Lunatic asylums Burma 1907-21 - 1907-1921
Year: 1907
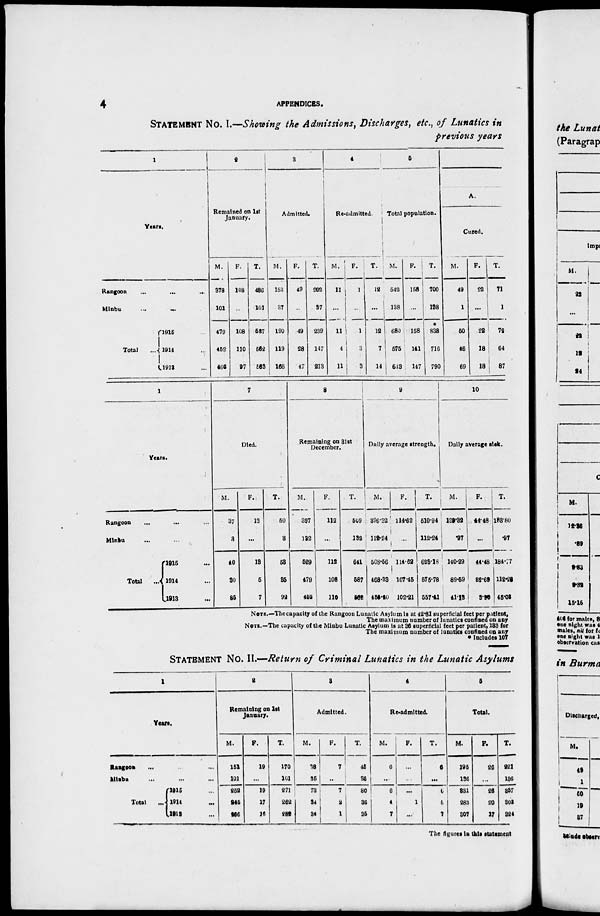
4
APPENDICES.
STATEMENT No. I.—Showing the Admissions, Discharges, etc., of Lunatics in
previous years
1
Years.
Rangoon
...
...
...
Minbu
...
...
Total ...
1995 ...
1914 ...
1913 ...
2
Remained on 1st
January.
M.
378
101
479
452
466
F.
108
...
108
110
97
T.
486
101
587
562
563
3
Admitted.
M.
153
37
190
119
166
F.
49
...
49
28
47
T.
202
37
239
147
213
4
Re-admitted.
M.
11
...
11
4
11
F.
1
...
1
3
3
T.
12
...
12
7
14
5
Total population.
M.
542
138
680
575
643
F.
158
...
158
141
147
T.
700
138
*
838
716
790
A.
Cured.
M.
49
1
50
46
69
F.
22
...
22
18
18
T.
71
1
72
64
87
1
Years.
Rangoon ... ... ...
Minbu ... ... ...
Total
...
1915 ...
1914 ...
1913 ...
7
Died.
M.
37
3
40
30
85
F.
13
...
13
5
7
T.
50
3
53
35
92
8
Remaining on 31st
December.
M.
397
132
529
479
452
F.
112
...
112
108
110
T.
509
132
641
587
502
9
Daily average strength.
M.
396.32
112.24
508.56
468.33
455.20
F.
114.62
...
114.62
107.45
102.21
T.
510.94
112.24
623.18
575.78
557.41
10
Daily average sick.
M.
139.32
.97
140.29
89.59
41.13
F.
44.48
...
44.48
22.69
3.90
T.
183.80
.97
184.77
112.28
45.03
NOTE.—The capacity of the Rangoon Lunatic Asylum is at 42.81 superficial feet per patient,
The maximum number of lunatics confined on any
NOTE.—The capacity of the Minbu Lunatic Asylum is at 36 superficial feet per patient, 133 for
The maximum number of lunatics confined on any
* Includes 107
STATEMENT No. II.—Return of Criminal Lunatics in the Lunatic Asylums
1
Years.
Rangoon ... ... ...
Minbu ... ... ...
Total ...
1915 ...
1914 ...
1919 ...
2
Remaining on 1st
January.
M.
151
101
252
245
266
F.
19
...
19
17
16
T.
170
101
271
262
282
3
Admitted.
M.
38
35
73
34
34
F.
7
...
7
2
1
T.
45
35
80
36
35
4
Re-admitted.
M.
6
...
6
4
7
F.
...
...
...
1
...
T.
6
...
6
5
7
5
Total.
M.
195
136
831
283
307
F.
26
...
26
20
17
T.
221
136
857
303
324
The figures in this statement